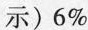
示)6\%